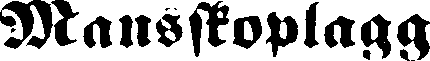
Mansskoplagg